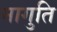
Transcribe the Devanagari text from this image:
मागुति